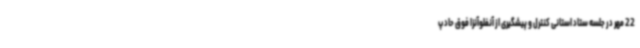
22 مهر در جلسه ستاد استانی کنترل و پیشگیری از آنفلوآنزا فوق حاد پ